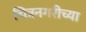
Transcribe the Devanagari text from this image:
चित्रनगरीच्या